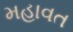
મહાવત